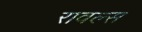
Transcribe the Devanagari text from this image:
रावल्स